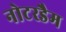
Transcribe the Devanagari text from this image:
नोटरडैम